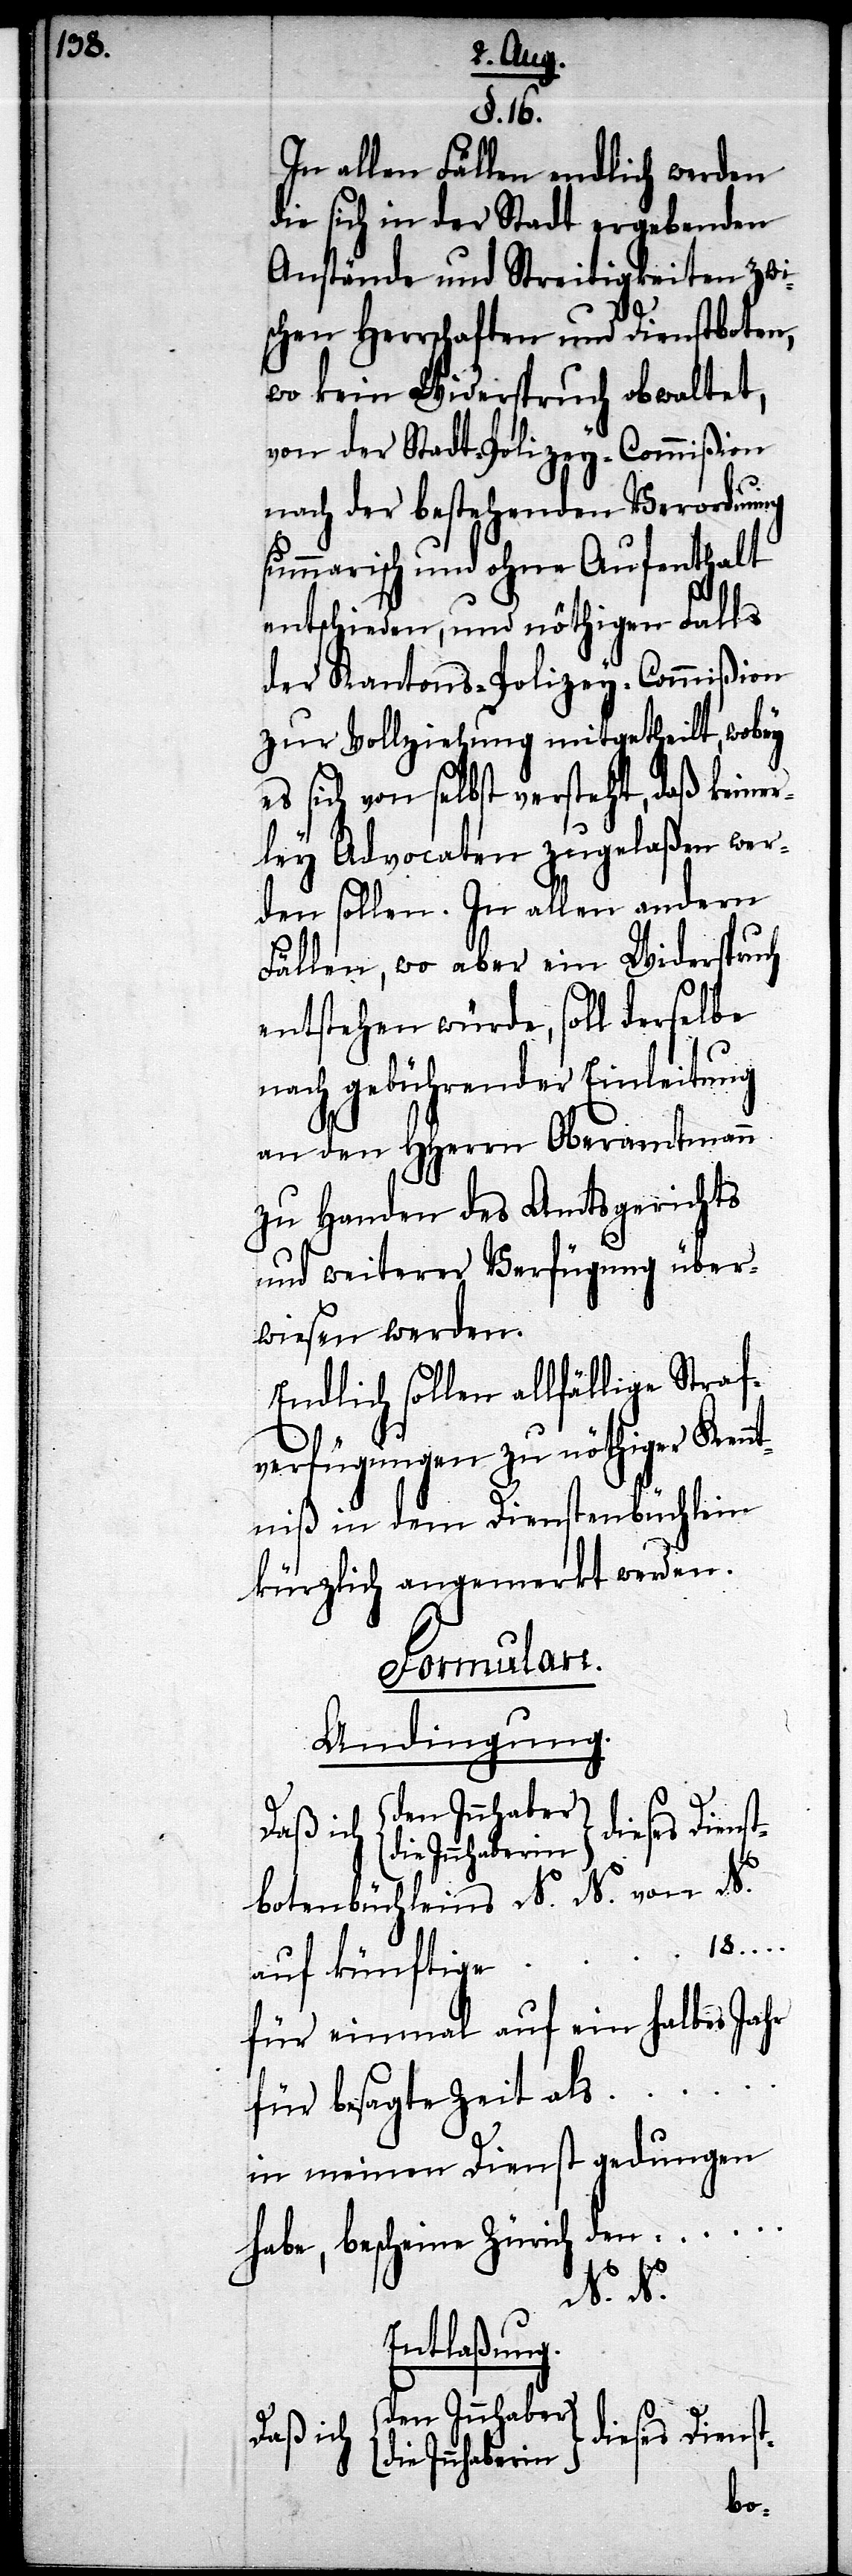
18…

§. 16.
In allen Fällen endlich werden
die sich in der Stadt ergebenden
Anstände und Streitigkeiten zwi¬
schen Herrschaften und Dienstboten,
wo kein Widerspruch obwaltet,
von der Stadt-Polizey-Commißion
nach der bestehenden Verordnung
summarisch und ohne Aufenthalt
entschieden, und nöthigen Falls
der Kantons-Polizey-Commißion
zur Vollziehung mitgetheilt, wobey
es sich von selbst versteht, daß keiner¬
ley Advocaten zugelaßen wer¬
den sollen. In allen andern
Fällen, wo aber ein Widerspruch
entstehen würde, soll derselbe
nach gebührender Einleitung
an den HHerrn Oberamtmann
zu Handen des Amtsgerichts
und weiterer Verfügung über¬
wiesen werden.
Endlich sollen allfällige Straf¬
verfügungen zu nöthiger Kennt¬
niß in dem Dienstbüchlein
kürzlich angemerkt werden.
Formulare.
Andingung.
Daß ich
ie Innhaberin
tbotenbüchleins N. N. von N.
auf künftige …
für einmal auf ein halbes Jahr
für besagte Zeit als …
in meinen Dienst gedungen
den …
habe, bescheine Zürich
N. N.
Entlaßung.
den Innhaber/d¬
dieses Diens¬
t-